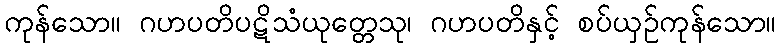
ကုန်သော။ ဂဟပတိပဋိသံယုတ္တေသု၊ ဂဟပတိနှင့် စပ်ယှဉ်ကုန်သော။